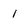
Character: 1